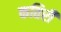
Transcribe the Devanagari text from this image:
कतिरी